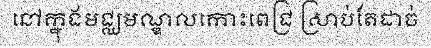
នៅក្នុងមជ្ឈមណ្ឌលកោះពេជ្រ ស្រាប់តែដាច់